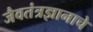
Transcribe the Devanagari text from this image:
जैवतंत्रज्ञानाचे